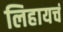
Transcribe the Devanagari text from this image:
लिहायचं